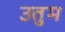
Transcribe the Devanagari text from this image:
उतुम